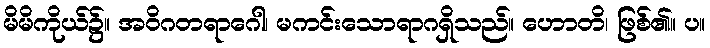
မိမိကိုယ်၌။ အဝိဂတရာဂေါ၊ မကင်းသောရာဂရှိသည်။ ဟောတိ၊ ဖြစ်၏။ ပ။